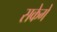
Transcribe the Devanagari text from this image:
सकेगे